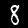
Digit: 8